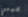
عيبي